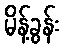
မိန့်ခွန်း